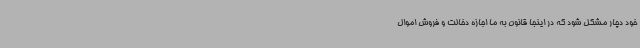
خود دچار مشکل شود که در اینجا قانون به ما اجازه دخالت و فروش اموال